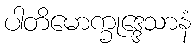
ပါတိမောက္ခုဒ္ဒေသာနံ